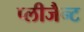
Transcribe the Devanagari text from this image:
प्लीजैन्ट